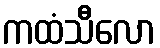
ကထံသီလော